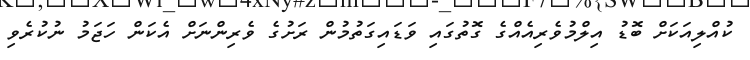
ކުއްލިއަކަށް ބޮޑު އިލްމުވެރިއެއްގެ ގޮތުގައި ވަޑައިގަތުމުން ރަށުގެ ވެރިންނަށް އެކަން ހަޖަމު ނުކުރެވި